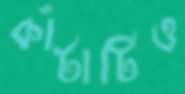
কাঁটাটিও